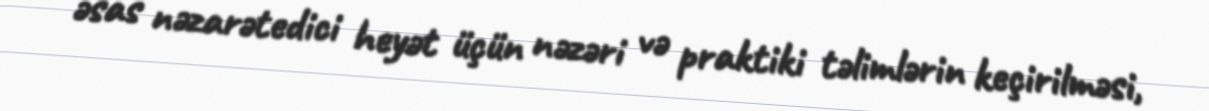
əsas nəzarətedici heyət üçün nəzəri və praktiki təlimlərin keçirilməsi,